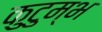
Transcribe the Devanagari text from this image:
कुटुम्भ